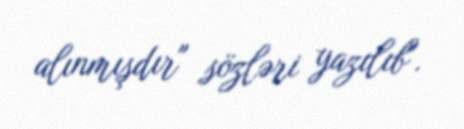
alınmışdır" sözləri yazılıb".